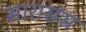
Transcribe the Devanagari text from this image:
सारासंस